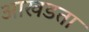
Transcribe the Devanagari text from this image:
आखडता